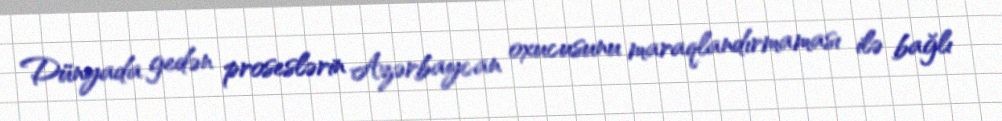
Dünyada gedən proseslərin Azərbaycan oxucusunu maraqlandırmaması ilə bağlı